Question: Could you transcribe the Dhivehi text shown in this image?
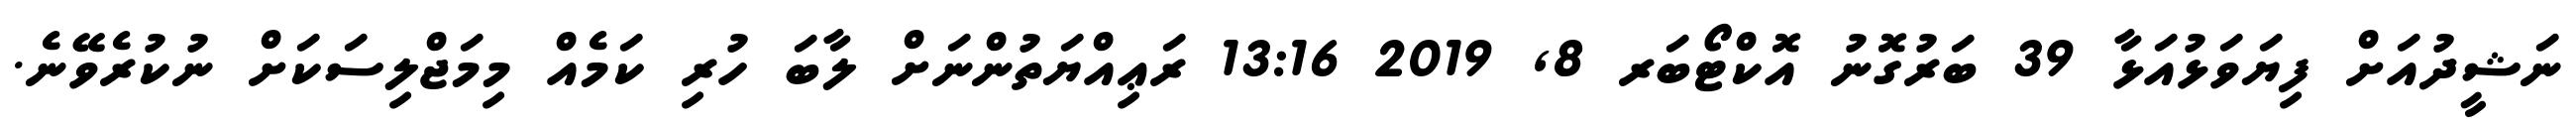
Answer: ނަޝީދުއަށް ފިޔަވަޅުއަޅާ 39 ބަރުގޮނު އޮކްޓޯބަރ 8, 2019 13:16 ރަޢިއްޔަތުންނަށް ލާބަ ހުރި ކަމެއް މިމަޖްލިސަކަށް ނުކުރެވޭނެ.